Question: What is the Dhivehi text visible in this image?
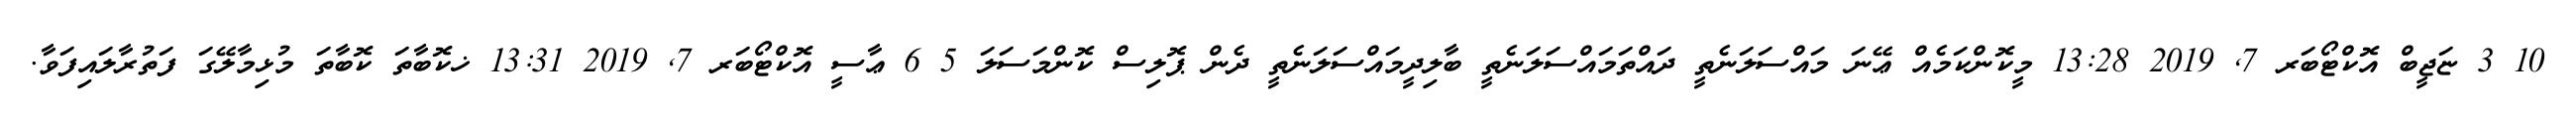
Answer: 10 3 ޏަޖީބް އޮކްޓޯބަރ 7, 2019 13:28 މީކޮންކަމެއް ޢޭނަ މައްސަލަނެތީ ދައްތަމައްސަލަނެތީ ބާލިދީމައްސަލަނެތީ ދެން ޕޮލިސް ކޮންމަސަލަ 5 6 ޢާސީ އޮކްޓޯބަރ 7, 2019 13:31 ޚކޮބާތަ ކޮބާތަ މުޅިމާލޭގަ ފަތުރާލައިފަވާ.